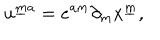
u ^ { { \underline { { m } } } a } = e ^ { a m } \partial _ { m } x ^ { \underline { { m } } } ,